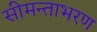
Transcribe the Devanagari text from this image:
सीमन्ताभरण